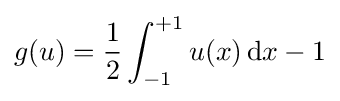
g(u)={\frac {1}{2}}\int _{-1}^{+1}u(x)\,\mathrm {d} x-1